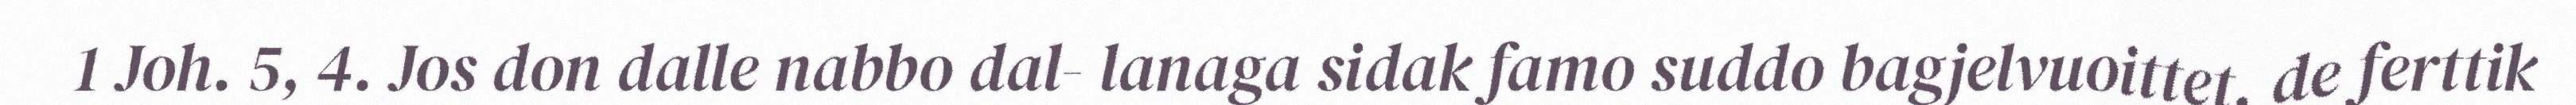
1 Joh. 5, 4. Jos don dalle nabbo dal- lanaga sidak famo suddo bagjelvuoittet, de ferttik